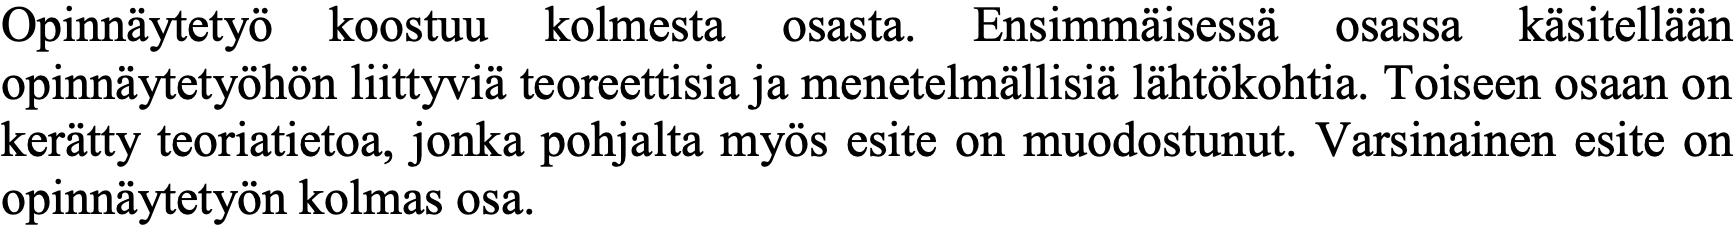
Opinnäytetyö koostuu kolmesta osasta. Ensimmäisessä osassa käsitellään opinnäytetyöhön liittyviä teoreettisia ja menetelmällisiä lähtökohtia. Toiseen osaan on kerätty teoriatietoa, jonka pohjalta myös esite on muodostunut. Varsinainen esite on opinnäytetyön kolmas osa.